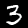
Label: 3